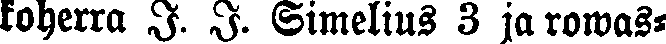
koherra J. J. Simelius 3 ja rowas-